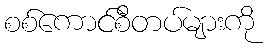
စစ်ကောင်စီတပ်များကို